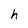
Character: h